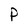
Character: P